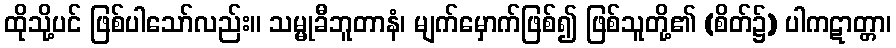
ထိုသို့ပင် ဖြစ်ပါသော်လည်း။ သမ္မုခီဘူတာနံ၊ မျက်မှောက်ဖြစ်၍ ဖြစ်သူတို့၏ (စိတ်၌) ပါကဋာတ္တာ၊